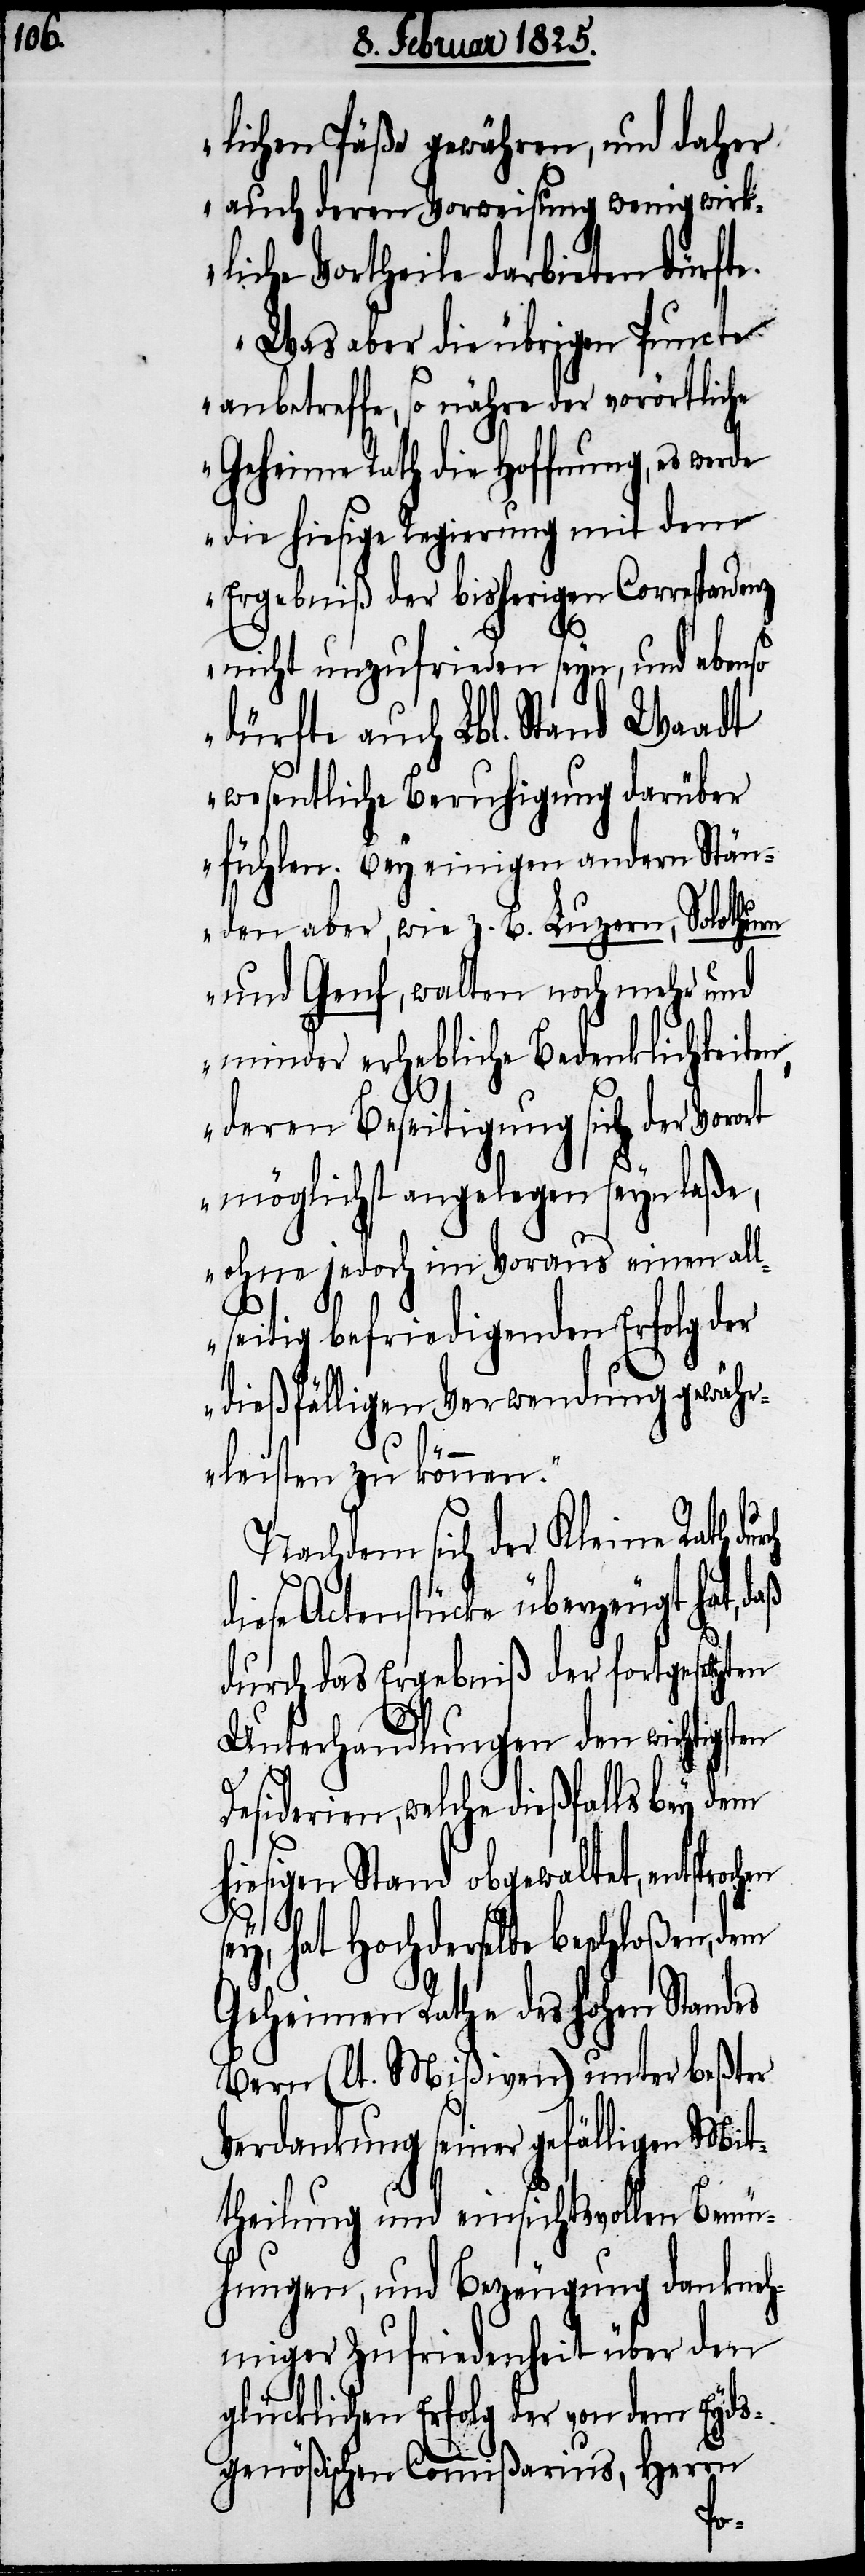
lichen Päße gewähren, und daher
auch deren Vorweisung wenig wirk¬
liche Vortheile darbieten dürfte.
Was aber die übrigen Puncte
anbetreffe, so nähre der vorörtliche
Geheime Rath die Hoffnung, es werde
die hiesige Regierung mit dem
Ergebniß der bisherigen Correspondenz
nicht unzufrieden seyn, und ebenso
dürfte auch Lbl. Stand Waadt
wesentliche Beruhigung darüber
fühlen. Bey einigen andern Stän¬
den aber, wie z. B. Luzern, Solothurn
und Genf, walten noch mehr und
minder erhebliche Bedenklichkeiten,
deren Beseitigung sich der Voro¬
rt möglichst angelegen seyn laße,
ohne jedoch im Voraus einen all¬
seitig befriedigenden Erfolg der
dießfälligen Verwendung gewähr¬
leisten zu können.“
Nachdem sich der Kleine Rath du¬
diese Actenstücke überzeugt hat, daß
durch das Ergebniß der fortgesetzten
Unterhandlungen den wichtigsten
Desiderien, welche dießfalls bey dem
hiesigen Stand obgewaltet, entsproch¬
sey, hat Hochderselbe beschloßen, dem
Geheimen Rathe des hohen Standes
Bern (lt. Mißiven) unter beßter
Verdankung seiner gefälligen Mit¬
theilung und einsichtsvollen Bemü¬
hungen, und Bezeugung dankneh¬
miger Zufriedenheit über den
glücklichen Erfolg der von dem Eyds¬
genößischen Commißarius, Herrn
en